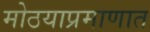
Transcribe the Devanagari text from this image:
मोठयाप्रमाणात